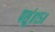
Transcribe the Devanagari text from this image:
पशुं॥१५॥